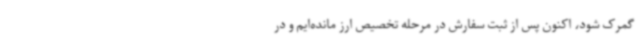
گمرک شود، اکنون پس از ثبت سفارش در مرحله تخصیص ارز مانده‌ایم و در